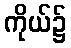
ကိုယ်၌